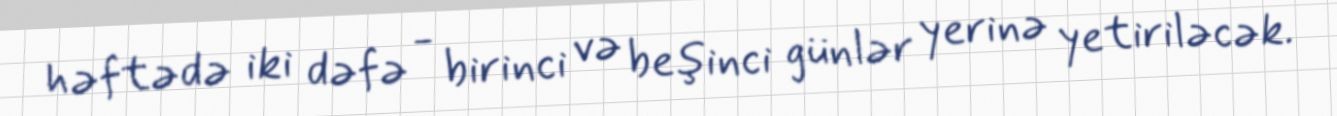
həftədə iki dəfə - birinci və beşinci günlər yerinə yetiriləcək.